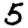
Digit: 5